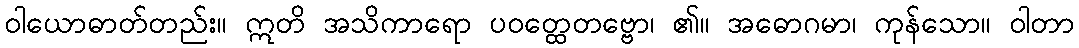
ဝါယောဓာတ်တည်း။ ဣတိ အသိကာရော ပဝတ္ထေတဗ္ဗော၊ ၏။ အဓောဂမာ၊ ကုန်သော။ ဝါတာ